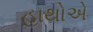
હાથોએ